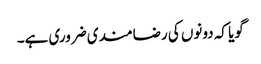
گویا کہ دونوں کی رضامندی ضروری ہے۔